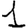
Digit: 1